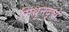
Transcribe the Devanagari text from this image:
मिथुनदृष्ये